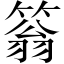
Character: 䈵